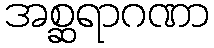
အစ္ဆရာဂဏာ